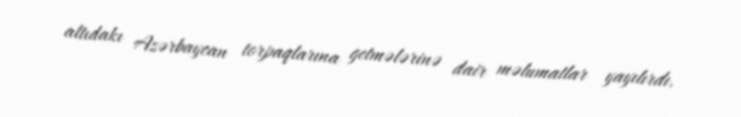
altıdakı Azərbaycan torpaqlarına getmələrinə dair məlumatlar yayılırdı.